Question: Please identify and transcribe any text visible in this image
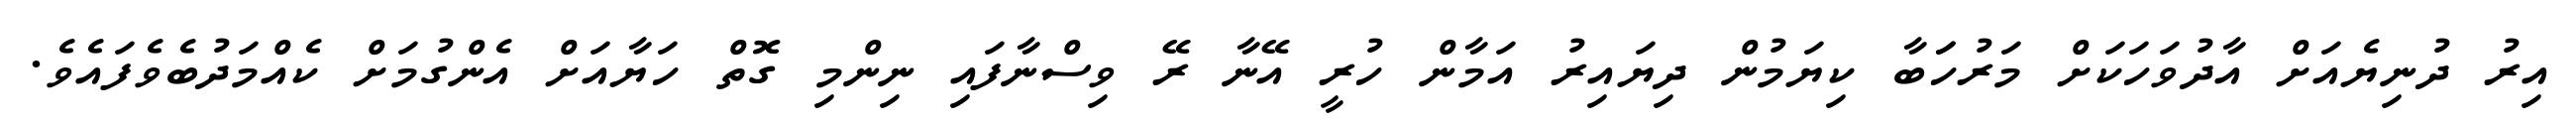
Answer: އިރު ދުނިޔެއަށް އާދުވަހަކަށް މަރުހަަބާ ކިޔަމުން ދިޔައިރު އަމާން ހުރީ އޭނާ ރޭ ވިސްނާފައި ނިންމި ގޮތް ހަޔާއަށް އެންގުމަށް ކެއްމަދުބެވެފައެވެ.